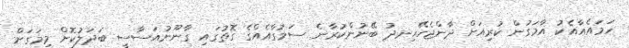
ހަމައެއާއެކު އާމަގުން ކުރިއަށް ދާންޖެހޭހިނދު ބޭނުންކުރާނެ ސަމުގާއެއްގެ ގޮތުގައި ގާނޫނުއަސާސީ ބަދަލުކޮށް މިމަގަށް